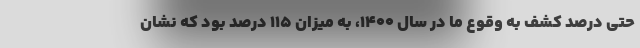
حتی درصد کشف به وقوع ما در سال ۱۴۰۰، به میزان ۱۱۵ درصد بود که نشان